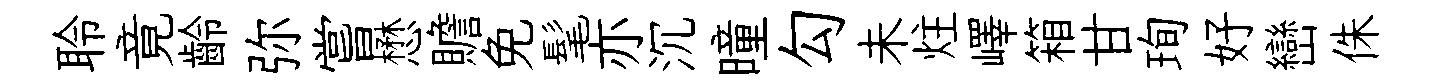
聆竟齡弥嘗懋贍免髦亦沉曈勾未炷嶧箱甘珣好巒侏